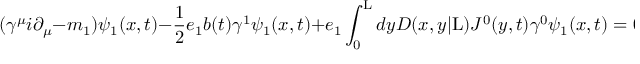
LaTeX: ( { \gamma } ^ { \mu } i { \partial } _ { \mu } - m _ { 1 } ) { \psi } _ { 1 } ( x , t ) - \frac { 1 } { 2 } e _ { 1 } b ( t ) { \gamma } ^ { 1 } { \psi } _ { 1 } ( x , t ) + e _ { 1 } \int _ { 0 } ^ { \mathrm { L } } d y D ( x , y | \mathrm { L } ) J ^ { 0 } ( y , t ) { \gamma } ^ { 0 } { \psi } _ { 1 } ( x , t ) = 0 ,